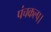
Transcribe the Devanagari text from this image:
पंचकल्प।